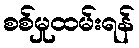
စစ်မှုထမ်းရန်